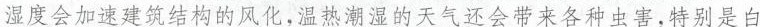
湿度会加速建筑结构的风化，温热潮湿的天气会带来各种虫害，特别是白